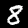
Digit: 8